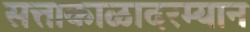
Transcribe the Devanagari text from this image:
सत्ताकाळादरम्यान